Annual administration report of the Civil Veterinary Department of India - 1896-1897
Year: 1896
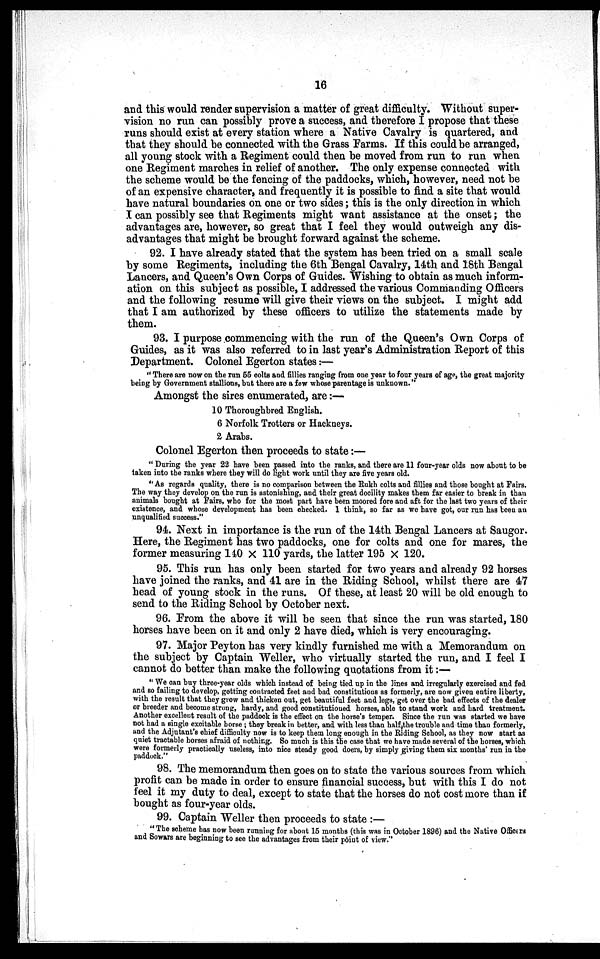
16
and this would render supervision a matter of great difficulty. Without super-
vision no run can possibly prove a success, and therefore I propose that these
runs should exist at every station where a Native Cavalry is quartered, and
that they should be connected with the Grass Farms. If this could be arranged,
all young stock with a Regiment could then be moved from run to run when
one Regiment marches in relief of another. The only expense connected with
the scheme would be the fencing of the paddocks, which, however, need not be
of an expensive character, and frequently it is possible to find a site that would
have natural boundaries on one or two sides; this is the only direction in which
I can possibly see that Regiments might want assistance at the onset; the
advantages are, however, so great that I feel they would outweigh any dis-
advantages that might be brought forward against the scheme.
92. I have already stated that the system has been tried on a small scale
by some Regiments, including the 6th Bengal Cavalry, 14th and 18th Bengal
Lancers, and Queen's Own Corps of Guides. Wishing to obtain as much inform-
ation on this subject as possible, I addressed the various Commanding Officers
and the following resume will give their views on the subject. I might add
that I am authorized by these officers to utilize the statements made by
them.
93. I purpose commencing with the run of the Queen's Own Corps of
Guides, as it was also referred to in last year's Administration Report of this
Department. Colonel Egerton states:—
"There are now on the run 55 colts and fillies ranging from one year to four years of age, the great majority
being by Government stallions, but there are a few whose parentage is unknown."
Amongst the sires enumerated, are:—
10 Thoroughbred English.
6 Norfolk Trotters or Hackneys.
2 Arabs.
Colonel Egerton then proceeds to state:—
"During the year 22 have been passed into the ranks, and there are 11 four-year olds now about to be
taken into the ranks where they will do light work until they are five years old.
"As regards quality, there is no comparison between the Rukh colts and fillies and those bought at Fairs.
The way they develop on the run is astonishing, and their great docility makes them far easier to break in than
animals bought at Fairs, who for the most part have been moored fore and aft for the last two years of their
existence, and whose development has been checked. I think, so far as we have got, our run has been an
unqualified success."
94. Next in importance is the run of the 14th Bengal Lancers at Saugor.
Here, the Regiment has two paddocks, one for colts and one for mares, the
former measuring 140 × 110 yards, the latter 195 × 120.
95. This run has only been started for two years and already 92 horses
have joined the ranks, and 41 are in the Riding School, whilst there are 47
head of young stock in the runs. Of these, at least 20 will be old enough to
send to the Riding School by October next.
96. From the above it will be seen that since the run was started, 180
horses have been on it and only 2 have died, which is very encouraging.
97. Major Peyton has very kindly furnished me with a Memorandum on
the subject by Captain Weller, who virtually started the run, and I feel I
cannot do better than make the following quotations from it:—
"We can buy three-year olds which instead of being tied up in the lines and irregularly exercised and fed
and so failing to develop, getting contracted feet and bad constitutions as formerly, are now given entire liberty,
with the result that they grow and thicken out, get beautiful feet and legs, get over the bad effects of the dealer
or breeder and become strong, hardy, and good constitutioned horses, able to stand work and hard treatment.
Another excellent result of the paddock is the effect on the horse's temper. Since the run was started we have
not had a single excitable horse; they break in better, and with less than half the trouble and time than formerly,
and the Adjutant's chief difficulty now is to keep them long enough in the Riding School, as they now start as
quiet tractable horses afraid of nothing. So much is this the case that we have made several of the horses, which
were formerly practically useless, into nice steady good doers, by simply giving them six months' run in the
paddock."
98. The memorandum then goes on to state the various sources from which
profit can be made in order to ensure financial success, but with this I do not
feel it my duty to deal, except to state that the horses do not cost more than if
bought as four-year olds.
99. Captain Weller then proceeds to state:—
''The scheme has now been running for about 15 months (this was in October 1896) and the Native Officers
and Sowars are beginning to see the advantages from their point of view."